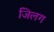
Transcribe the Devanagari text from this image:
जिलग